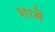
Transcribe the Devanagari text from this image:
शामें